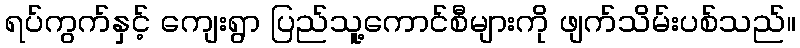
ရပ်ကွက်နှင့် ကျေးရွာ ပြည်သူ့ကောင်စီများကို ဖျက်သိမ်းပစ်သည်။